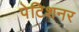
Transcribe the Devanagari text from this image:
पेटिशनर